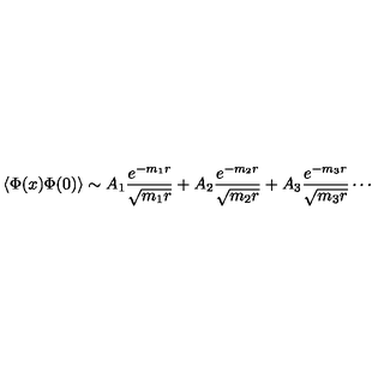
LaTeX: \langle \Phi ( x ) \Phi ( 0 ) \rangle \sim A _ { 1 } \frac { e ^ { - m _ { 1 } r } } { \sqrt { m _ { 1 } r } } + A _ { 2 } \frac { e ^ { - m _ { 2 } r } } { \sqrt { m _ { 2 } r } } + A _ { 3 } \frac { e ^ { - m _ { 3 } r } } { \sqrt { m _ { 3 } r } } \cdots